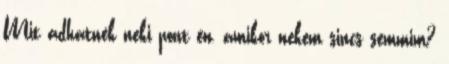
Mit adhatnék neki pont én, amikor nekem sincs semmim?